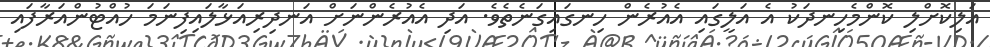
އަލިކޮށްލި ކޮންމެހިނދަކު އެ އަލީގައި އެއުރެން ހިނގައިގަނެތެވެ. އަދި އެއުރެންނަށް އަނދިރިއަޅާލައިފިނަމަ ހުއްޓުންއަރާފައި